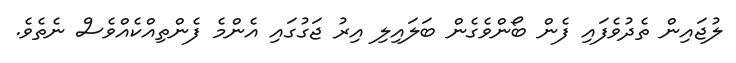
ލުޖައިން ތެދުވެފައި ފެން ބޯންވެގެން ބަލައިލި އިރު ޖަގުގައި އެންމެ ފެންތިއްކެއްވެސް ނެތެވެ.